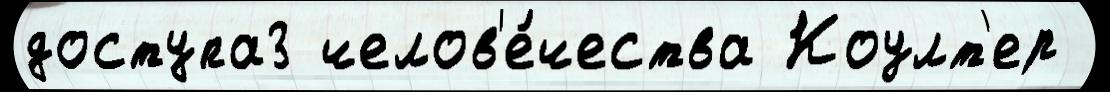
доступа3 челов'е́чества Коулт'ер